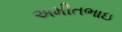
અમીતભાઇ